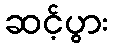
ဆင့်ပွား